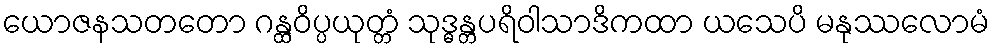
ယောဇနသတတော ဂန္ထဝိပ္ပယုတ္တံ သုဒ္ဓန္တပရိဝါသာဒိကထာ ယသေပိ မနုဿလောမံ